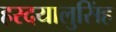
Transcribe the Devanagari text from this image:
हरदयालुसिंह